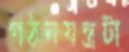
গঠনযন্ত্রটা